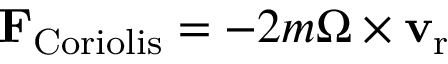
\mathbf { F } _ { \mathrm { C o r i o l i s } } = - 2 m { \boldsymbol { \Omega } } \times \mathbf { v } _ { \mathrm { r } }